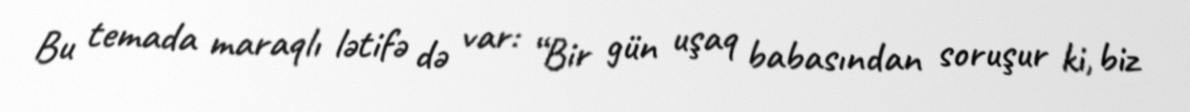
Bu temada maraqlı lətifə də var: “Bir gün uşaq babasından soruşur ki, biz